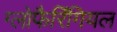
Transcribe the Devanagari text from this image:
ग्लोफैरिंगियल